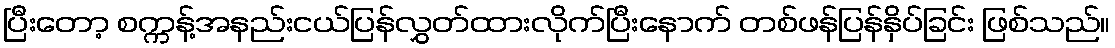
ပြီးတော့ စက္ကန့်အနည်းငယ်ပြန်လွှတ်ထားလိုက်ပြီးနောက် တစ်ဖန်ပြန်နှိပ်ခြင်း ဖြစ်သည်။